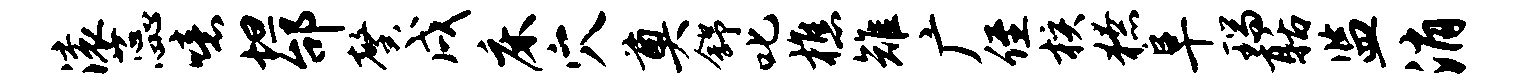
滚蕊噫坦邰馨戌床穴奠舒叱樵雉广侄核獠阜瑞聒监消